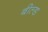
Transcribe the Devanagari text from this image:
बील्ड